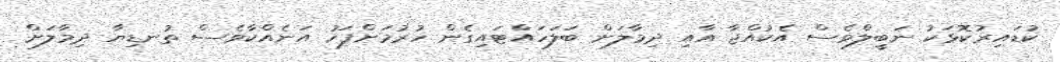
ކުޑައިރުކޮޅަކު ނަބީލްވެސް އެކުއްޖާ އާއި ދިމާލަށް ބަލަހައްޓައިގެން ހުރުމަށްފަހު އަނެއްކާވެސް ތުނޑިޔާ ދިމާލަށް